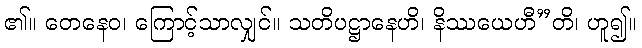
၏။ တေနေဝ၊ ကြောင့်သာလျှင်။ သတိပဋ္ဌာနေဟိ၊ နိဿယေဟီ”တိ၊ ဟူ၍။